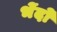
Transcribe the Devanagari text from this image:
भेंदों